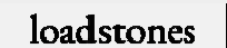
loadstones